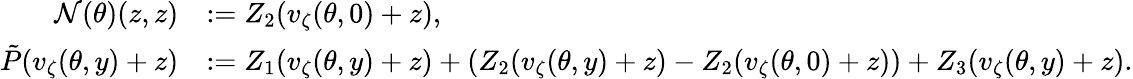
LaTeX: \begin{array}{rl}{\mathcal{N}(\theta)(z,z)}&{:=Z_{2}(v_{\zeta}(\theta,0)+z),}\\ {\tilde{P}(v_{\zeta}(\theta,y)+z)}&{:=Z_{1}(v_{\zeta}(\theta,y)+z)+(Z_{2}(v_{\zeta}(\theta,y)+z)-Z_{2}(v_{\zeta}(\theta,0)+z))+Z_{3}(v_{\zeta}(\theta,y)+z).}\end{array}